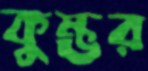
কুম্ভর